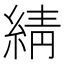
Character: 綪